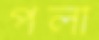
পলা